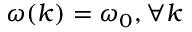
\omega ( k ) = \omega _ { 0 } , \forall k